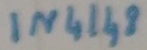
Text: IN4148